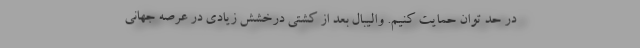
در حد توان حمایت کنیم. والیبال بعد از کشتی درخشش زیادی در عرصه جهانی